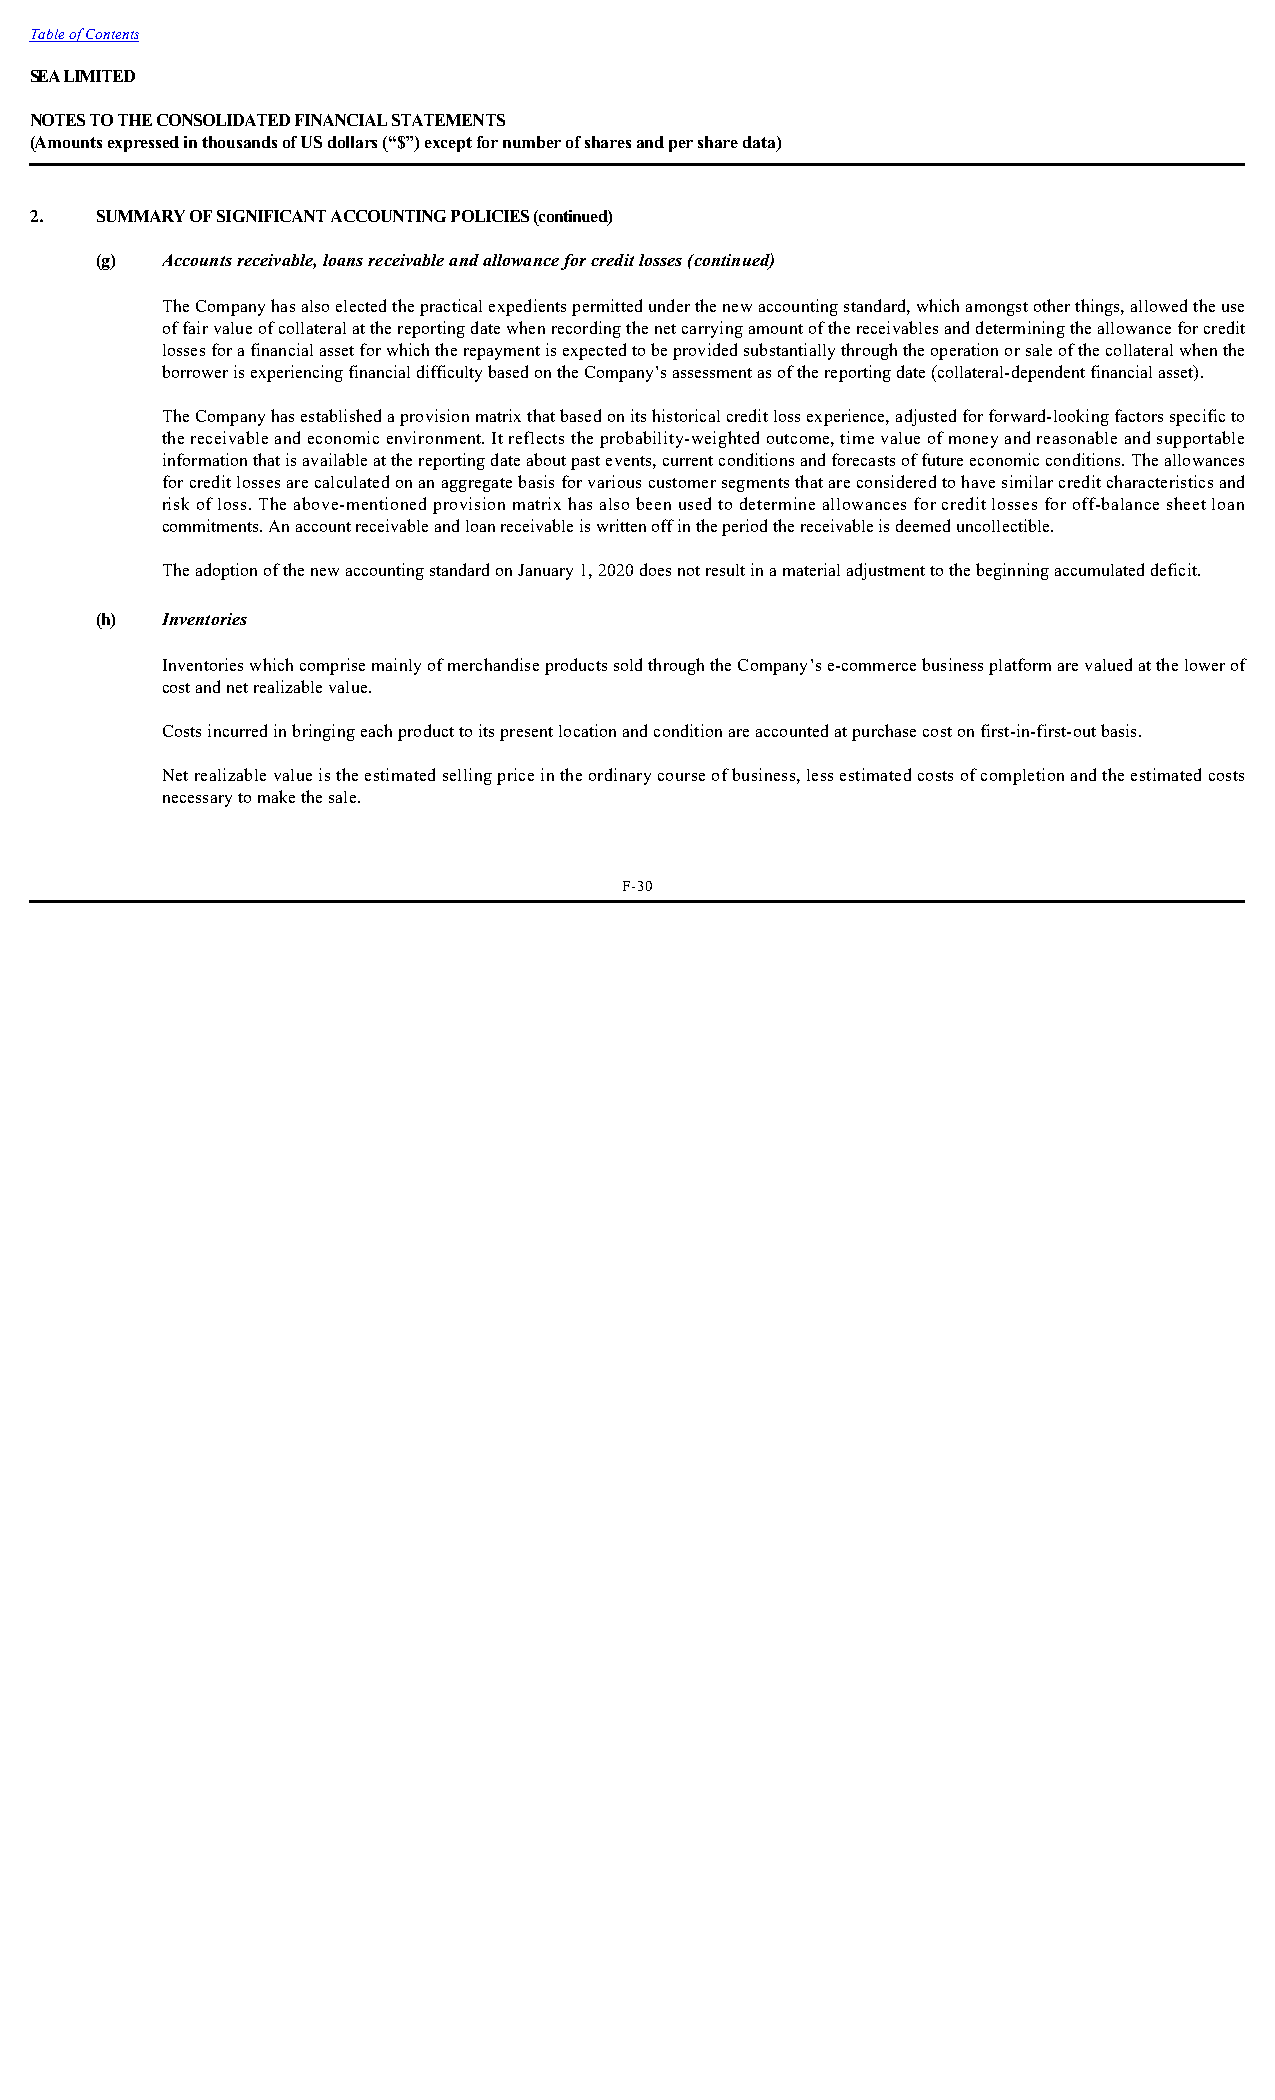
Table of Contents
 SEA LIMITED
 NOTES TO THE CONSOLIDATED FINANCIAL STATEMENTS
 (Amounts expressed in thousands of US dollars (“$”) except for number of shares and per share data)
 2.  SUMMARY OF SIGNIFICANT ACCOUNTING POLICIES (continued)
 (g)  Accounts receivable, loans receivable and allowance for credit losses (continued)
 The Company has also elected the practical expedients permitted under the new accounting standard, which amongst other things, allowed the use
 of fair value of collateral at the reporting date when recording the net carrying amount of the receivables and determining the allowance for credit
 losses for a financial asset for which the repayment is expected to be provided substantially through the operation or sale of the collateral when the
 borrower is experiencing financial difficulty based on the Company’s assessment as of the reporting date (collateral-dependent financial asset).
 The Company has established a provision matrix that based on its historical credit loss experience, adjusted for forward-looking factors specific to
 the receivable and economic environment. It reflects the probability-weighted outcome, time value of money and reasonable and supportable
 information that is available at the reporting date about past events, current conditions and forecasts of future economic conditions. The allowances
 for credit losses are calculated on an aggregate basis for various customer segments that are considered to have similar credit characteristics and
 risk of loss. The above-mentioned provision matrix has also been used to determine allowances for credit losses for off-balance sheet loan
 commitments. An account receivable and loan receivable is written off in the period the receivable is deemed uncollectible.
 The adoption of the new accounting standard on January 1, 2020 does not result in a material adjustment to the beginning accumulated deficit.
 (h)  Inventories
 Inventories which comprise mainly of merchandise products sold through the Company’s e-commerce business platform are valued at the lower of
 cost and net realizable value.
 Costs incurred in bringing each product to its present location and condition are accounted at purchase cost on first-in-first-out basis.
 Net realizable value is the estimated selling price in the ordinary course of business, less estimated costs of completion and the estimated costs
 necessary to make the sale.
 F-30